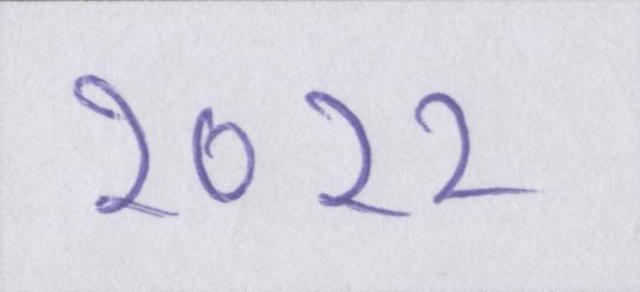
२०११